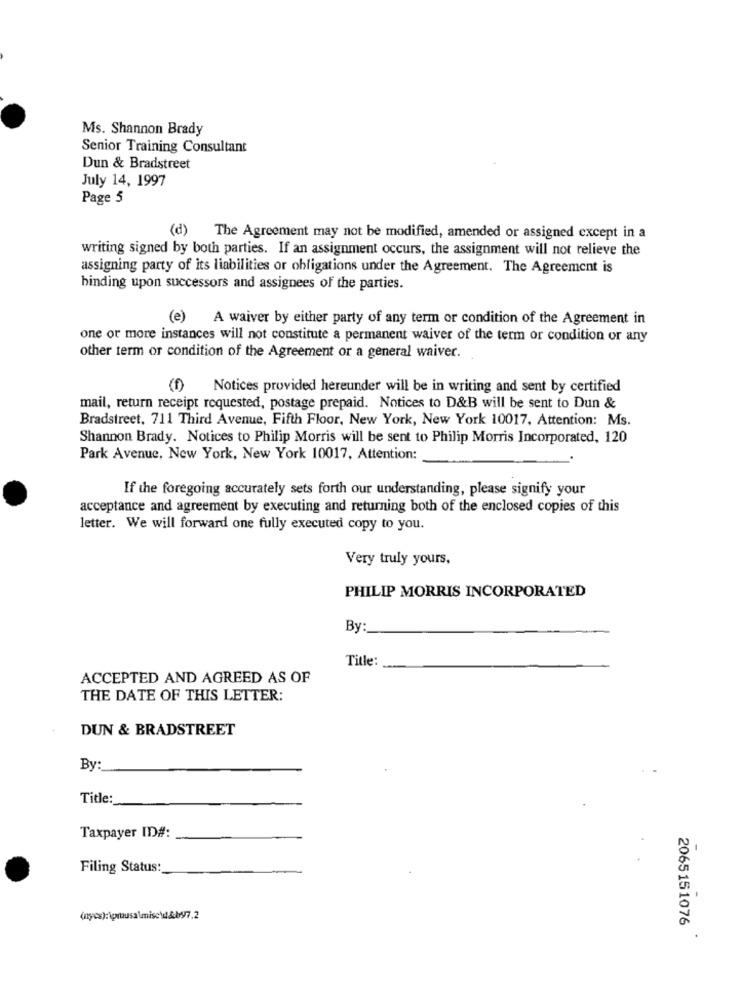
Ms. Shannon Brady
Senior Training Consultant
Dun & Bradstreet
July 14, 1997
Page 5
(d)
The Agreement may not be modified, amended or assigned except in a
writing signed by both parties. If an assignment occurs, the assignment will not relieve the
assigning party of its liabilities or obligations under the Agreement. The Agreement is
binding upon successors and assignees of the parties.
(e) A waiver by either party of any term or condition of the Agreement in
one or more instances will not constitute a permanent waiver of the term or condition or any
other term or condition of the Agreement or a general waiver.
Notices provided hereunder will be in writing and sent by certified
mail, return receipt requested, postage prepaid. Notices to D&B will be sent to Dun &
Bradstreet, 711 Third Avenue, Fifth Floor, New York, New York 10017, Attention: Ms.
Shannon Brady. Notices to Philip Morris will be sent to Philip Morris Incorporated, 120
Park Avenue, New York, New York 10017, Attention:
If the foregoing accurately sets forth our understanding, please signify your
acceptance and agreement by executing and returning both of the enclosed copies of this
letter. We will forward one fully executed copy to you.
Very truly yours,
PHILIP MORRIS INCORPORATED
By:
Title:
ACCEPTED AND AGREED AS OF
THE DATE OF THIS LETTER:
DUN & BRADSTREET
By:
Title:
Taxpayer ID#:
Filing Status:
(nyes): \prousa \mise\t &b97.2
2065151076
.